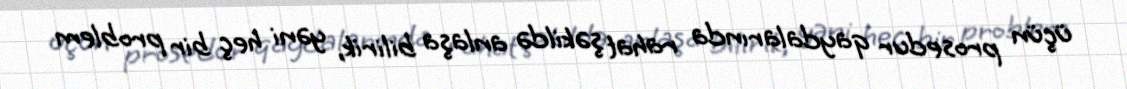
üçün prosedur qaydalarında rahat şəkildə anlaşa bilirik, yəni heç bir problem